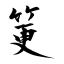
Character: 筻